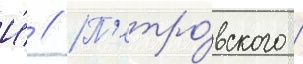
И́ // П'етро́вского /